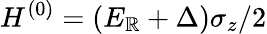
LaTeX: H^{(0)}=(E_{\mathbb{R}}+\Delta)\sigma_{z}/2